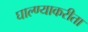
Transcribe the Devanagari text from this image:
घाल्ण्याकरीता